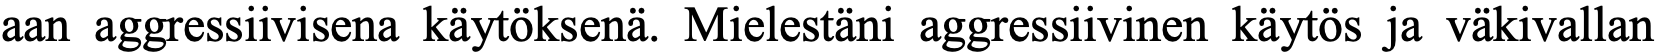
aan aggressiivisena käytöksenä. Mielestäni aggressiivinen käytös ja väkivallan